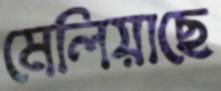
মেলিয়াছে